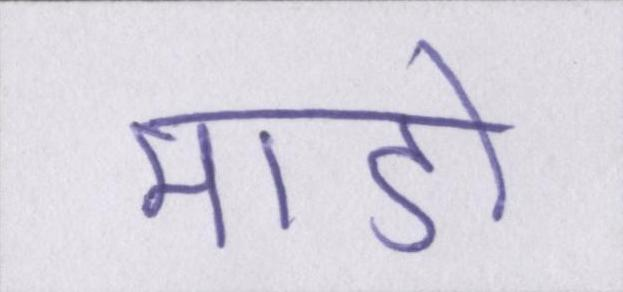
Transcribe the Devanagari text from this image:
माडो